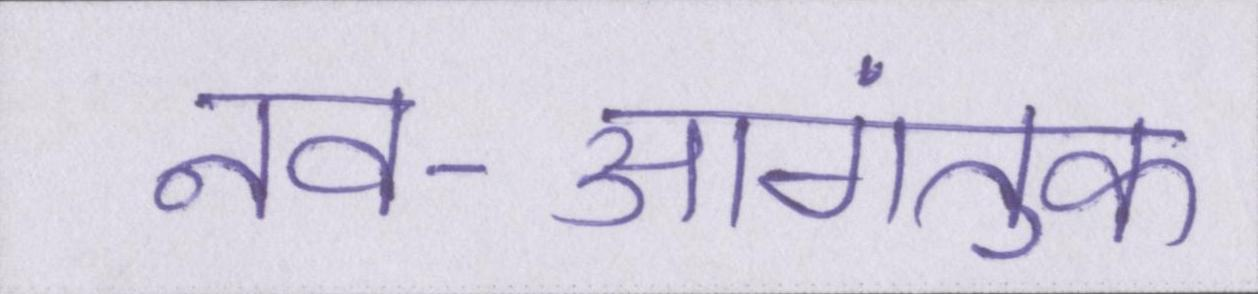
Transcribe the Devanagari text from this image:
नव-आगंतुक